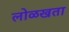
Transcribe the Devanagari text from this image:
लोळखता